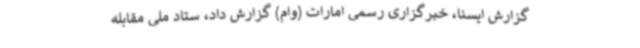
گزارش ایسنا، خبرگزاری رسمی امارات (وام) گزارش داد، ستاد ملی مقابله